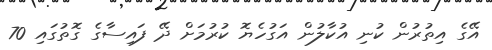
އޭގެ އިތުރުން ކުނި އުކާލުން އަގުހެޔޮ ކުރުމަށް ދޭ ފައިސާގެ ގޮތުގައި 70